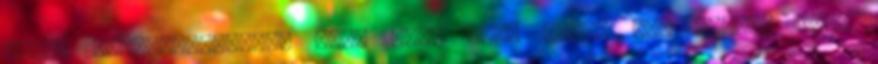
kerül felhasználásra, akár kész étel marad meg addig, hogy